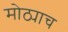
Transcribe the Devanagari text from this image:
मोठ्याच